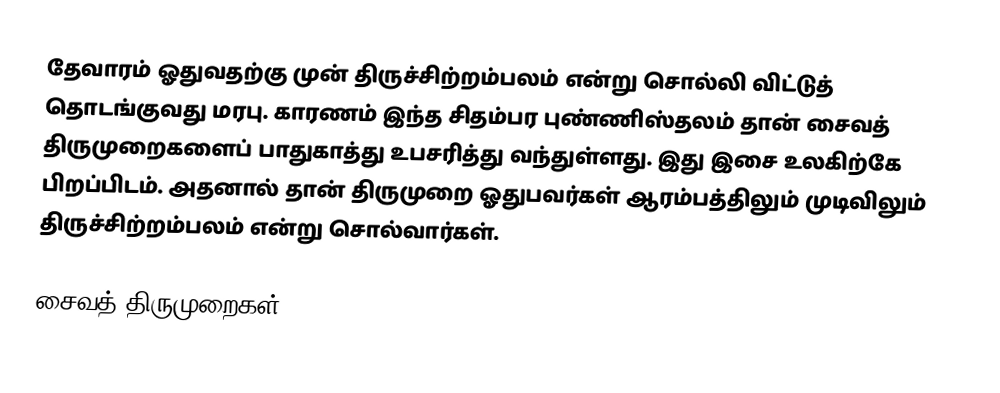
தேவாரம் ஓதுவதற்கு முன் திருச்சிற்றம்பலம் என்று சொல்லி விட்டுத் தொடங்குவது மரபு. காரணம் இந்த சிதம்பர புண்ணிஸ்தலம் தான் சைவத் திருமுறைகளைப் பாதுகாத்து உபசரித்து வந்துள்ளது. இது இசை உலகிற்கே பிறப்பிடம். அதனால் தான் திருமுறை ஓதுபவர்கள் ஆரம்பத்திலும் முடிவிலும் திருச்சிற்றம்பலம் என்று சொல்வார்கள்.

சைவத் திருமுறைகள்